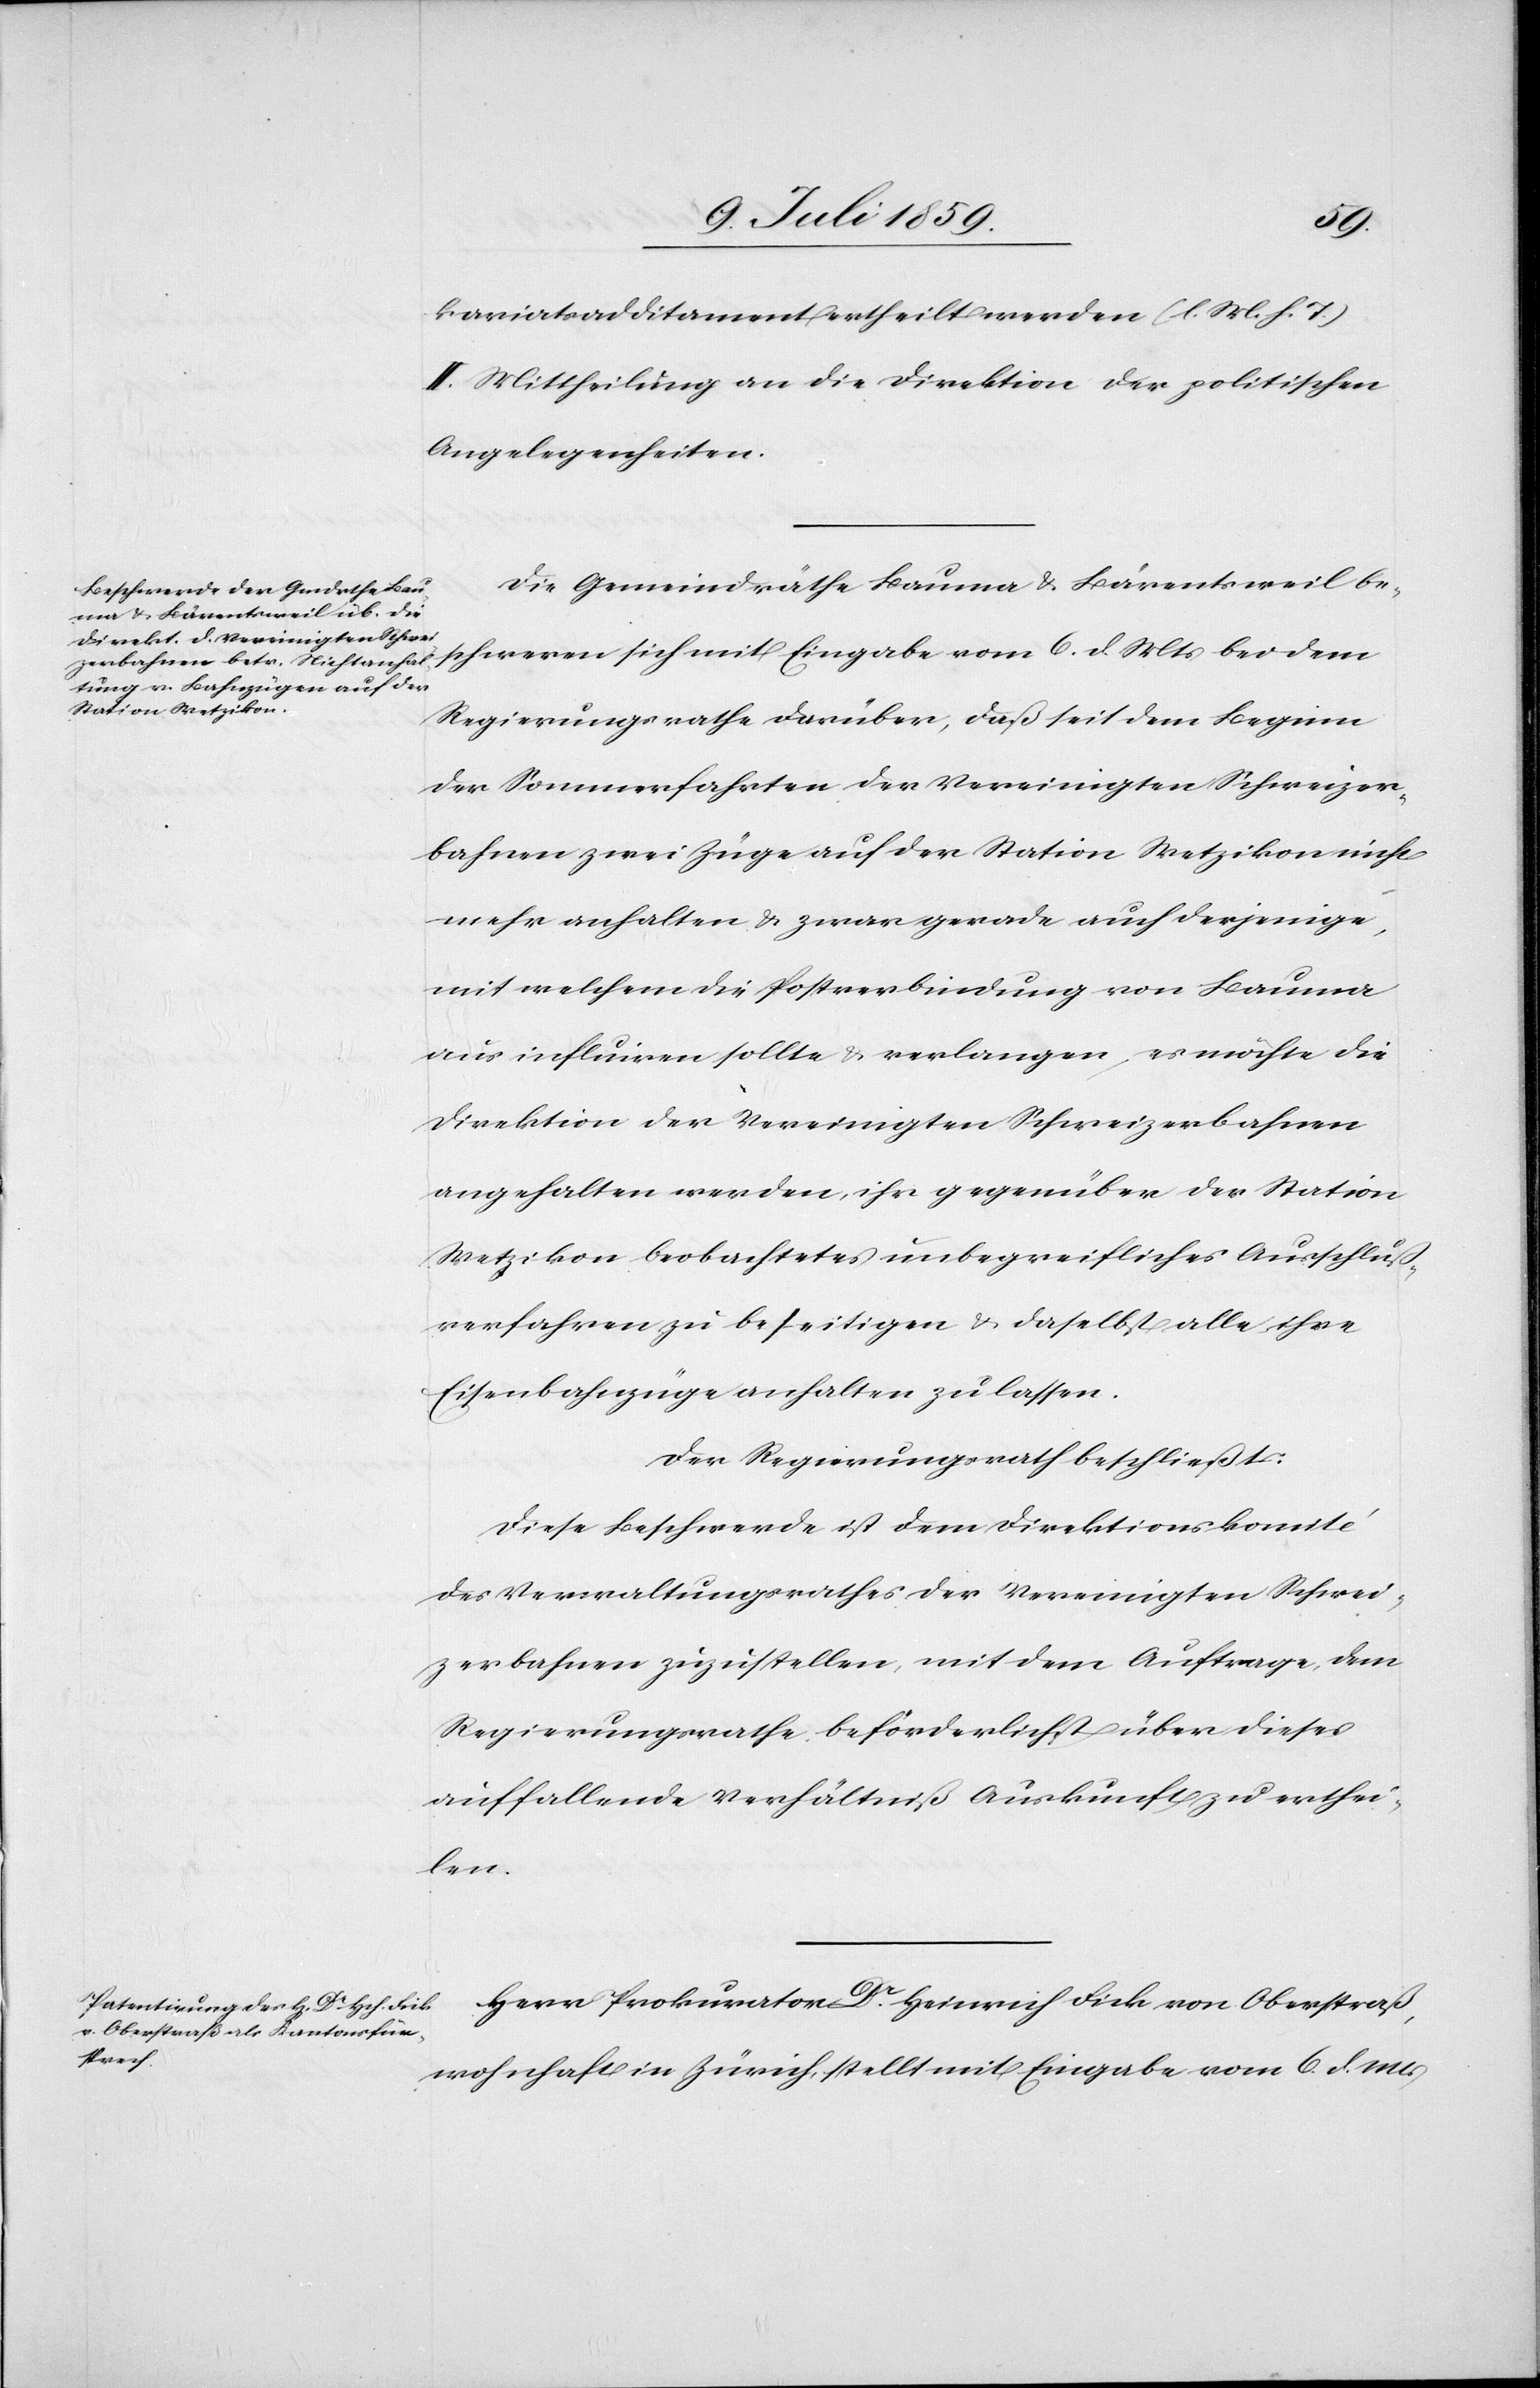
kariatsadditament ertheilt werden (l. M. h. T.)
II. Mittheilung an die Direktion der politischen
Angelegenheiten.
Die Gemeindräthe Bauma u. Bärentsweil be¬
schweren sich mit Eingabe vom 6. d. Mts. bei dem
Regierungsrathe darüber, daß seit dem Beginn
der Sommerfahrten der Vereinigten Schweizer¬
bahnen zwei Züge auf der Station Wetzikon nicht
mehr anhalten u. zwar gerade auch derjenige,
mit welchem die Postverbindung von Bauma
aus influiren sollte u. verlangen, es möchte die
Direktion der Vereinigten Schweizerbahnen
angehalten werden, ihr gegenüber der Station
Wetzikon beobachtetes unbegreifliches Ausschluß¬
verfahren zu beseitigen u. daselbst alle ihre
Eisenbahnzüge anhalten zu lassen.
Der Regierungsrath beschließt:
Diese Beschwerde ist dem Direktionskomité
des Verwaltungsrathes der Vereinigten Schwei¬
zerbahnen zuzustellen, mit dem Auftrage, dem
Regierungsrathe beförderlichst über dieses
auffallende Verhältniß Auskunft zu erthei¬
len.
Herr Prokurator Dr. Heinrich Fick von Oberstraß,
wohnhaft in Zürich, stellt mit Eingabe vom 6. d. Mts.